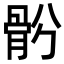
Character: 𩨪